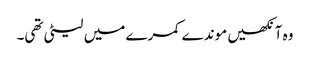
وہ آنکھیں موندے کمرے میں لیٹی تھی۔